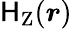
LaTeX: \mathsf{H}_{\mathrm{{{Z}}}}({\boldsymbol{r}})